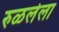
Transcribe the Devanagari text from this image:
रुळलेला